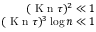
\begin{array} { r } { ( \ensuremath { \mathrm { ~ K ~ n ~ } } \tau ) ^ { 2 } \ll 1 } \\ { ( \ensuremath { \mathrm { ~ K ~ n ~ } } \tau ) ^ { 3 } \log n \ll 1 } \end{array}